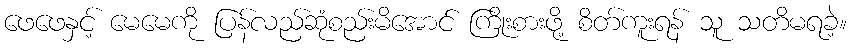
ဖေဖေနှင့် မေမေကို ပြန်လည်ဆုံစည်းမိအောင် ကြိုးစားဖို့ စိတ်ကူးရန် သူ သတိမရခဲ့။